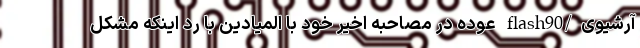
آرشیوی/flash90 عوده در مصاحبه اخیر خود با المیادین با رد اینکه مشکل